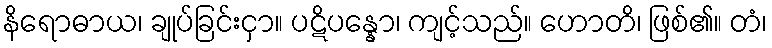
နိရောဓာယ၊ ချုပ်ခြင်းငှာ။ ပဋိပန္နော၊ ကျင့်သည်။ ဟောတိ၊ ဖြစ်၏။ တံ၊